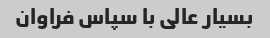
بسیار عالی با سپاس فراوان